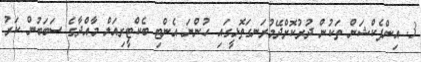
3. އިންފެކްޝަން ތަކުން ދުރުކޮށްދޭމުރަނގަތޮޅީގައި ހުންނަ އެންޓި ބެކްޓީރިއަލް މާއްދާގެ ސަބަބުން ކަރު